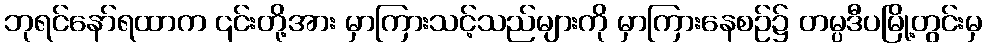
ဘုရင်နော်ရထာက ၎င်းတို့အား မှာကြားသင့်သည်များကို မှာကြားနေစဉ်၌ တမ္ပဒီပမြို့တွင်းမှ